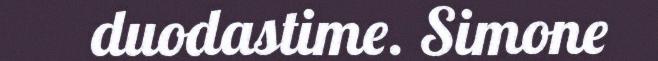
duodastime. Simone